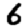
Digit: 6